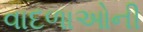
વાદળાઓની